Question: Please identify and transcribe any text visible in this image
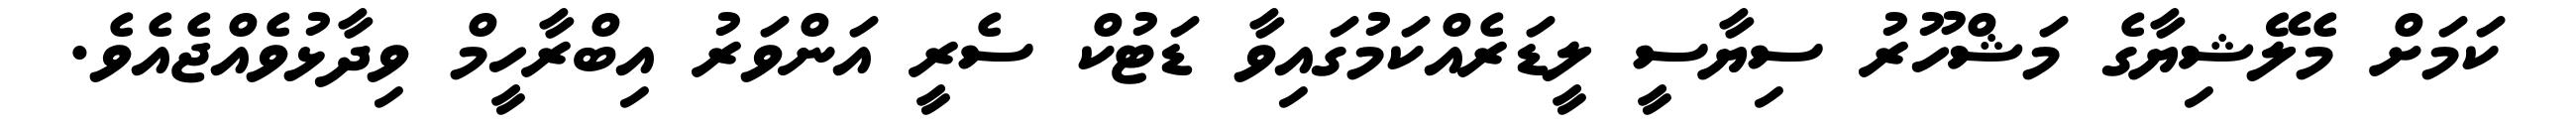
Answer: ކަމަށް މެލޭޝިޔާގެ މަޝްހޫރު ސިޔާސީ ލީޑަރެއްކަމުގައިވާ ޑަޓުކް ސެރީ އަންވަރު އިބްރާހީމް ވިދާޅުވެއްޖެއެވެ.